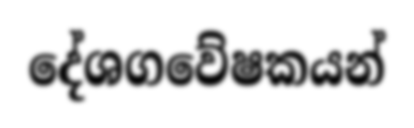
දේශගවේෂකයන්